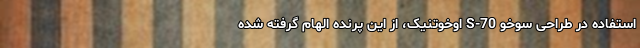
استفاده در طراحی سوخو S-70 اوخوتنیک، از این پرنده الهام گرفته شده